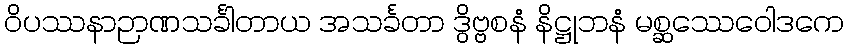
ဝိပဿနာဉာဏသင်္ခါတာယ အသင်္ခတာ ဒွိဗ္ဗစနံ နိဋ္ဌုဘနံ မစ္ဆဿေဝေါဒကေ